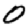
Digit: 0